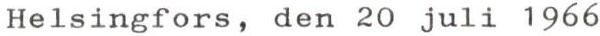
Helsingfors, den 20 juli 1966